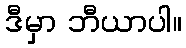
ဒီမှာ ဘီယာပါ။